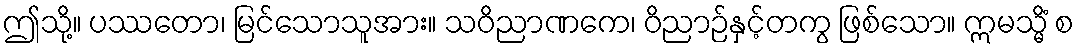
ဤသို့။ ပဿတော၊ မြင်သောသူအား။ သဝိညာဏကေ၊ ဝိညာဉ်နှင့်တကွ ဖြစ်သော။ ဣမသ္မိံ စ